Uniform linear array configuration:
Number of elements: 4
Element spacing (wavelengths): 0.25
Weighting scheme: uniform
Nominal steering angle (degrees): -60
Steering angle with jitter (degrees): -59.437
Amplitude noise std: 0.05
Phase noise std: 0.05

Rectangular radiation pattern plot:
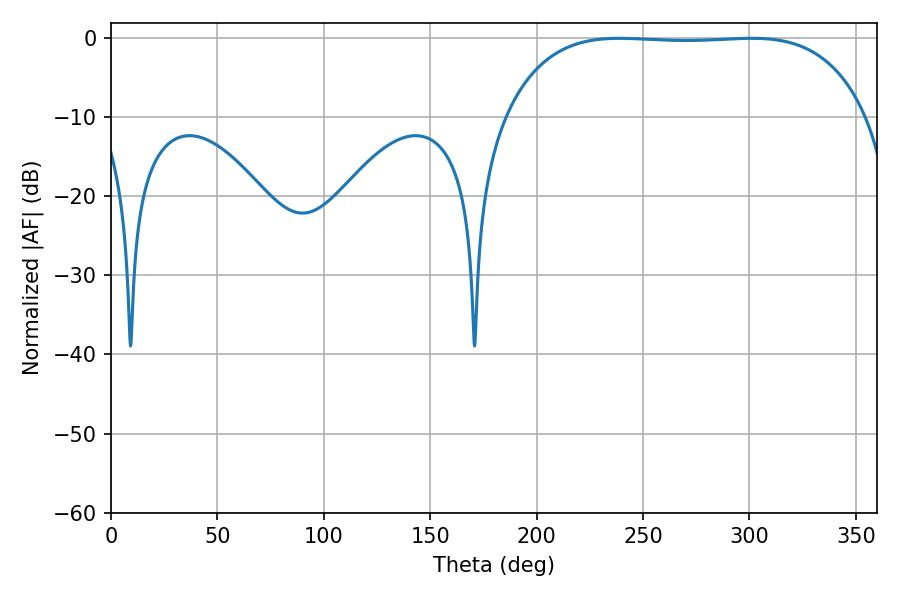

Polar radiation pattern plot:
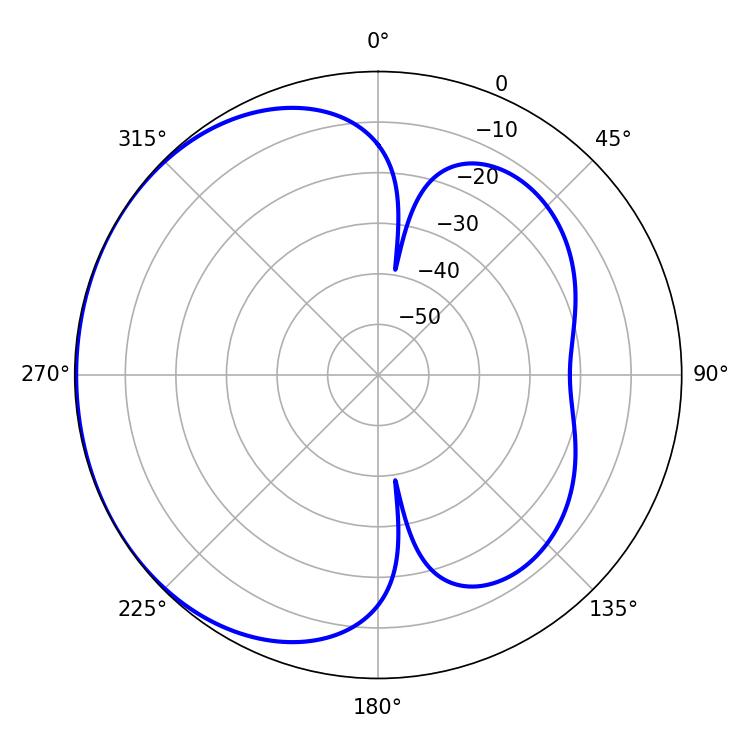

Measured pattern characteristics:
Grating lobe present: FALSE
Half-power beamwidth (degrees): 132.84
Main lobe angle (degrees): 238.86